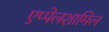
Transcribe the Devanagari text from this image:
एप्पेलशामिल